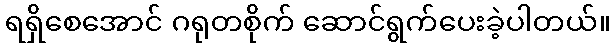
ရရှိစေအောင် ဂရုတစိုက် ဆောင်ရွက်ပေးခဲ့ပါတယ်။